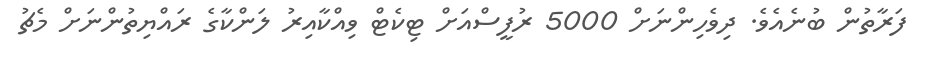
ފަރާތުން ބުނެއެވެ. ދިވެހިންނަށް 5000 ރުފީސްއަށް ޓިކެޓް ވިއްކާއިރު ލަންކާގެ ރައްޔިތުންނަށް މެޗު